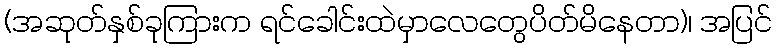
(အဆုတ်နှစ်ခုကြားက ရင်ခေါင်းထဲမှာလေတွေပိတ်မိနေတာ)၊ အပြင်